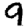
Digit: 9